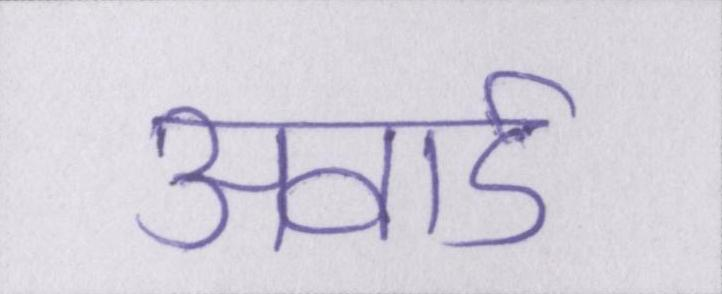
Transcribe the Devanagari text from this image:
अवार्ड